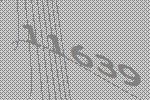
11639